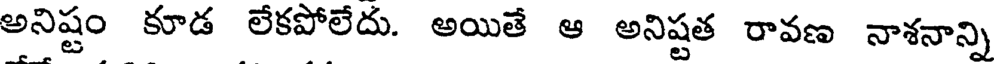
అనిష్టం కూడ లేకపోలేదు. అయితే ఆ అనిష్టత రావణ నాశనాన్ని